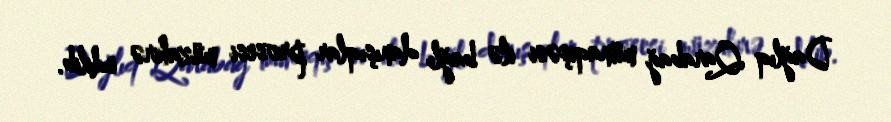
Dağlıq Qarabağ münaqişəsi ilə bağlı danışıqlar prosesi müzakirə edilib.